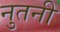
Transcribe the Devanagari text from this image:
नुतनी